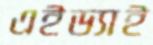
এইড্যাই